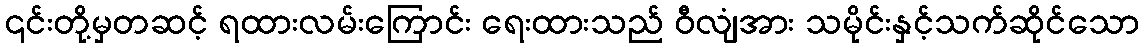
၎င်းတို့မှတဆင့် ရထားလမ်းကြောင်း ရေးထားသည် ဝီလျံအား သမိုင်းနှင့်သက်ဆိုင်သော